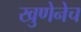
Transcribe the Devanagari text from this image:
खुणेनेच